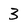
Character: 3